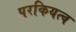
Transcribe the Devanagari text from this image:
परकियत्व